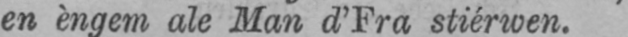
en èngem ale Man d’Fra stiérwen.